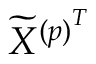
\widetilde { X } ^ { { ( p ) } ^ { T } }